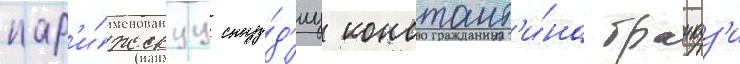
пар'и́жскуу сту́д'иу констант'и́на бранкуз'и